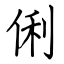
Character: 俐